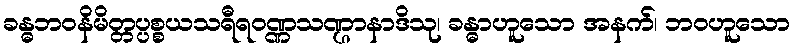
ခန္ဓဘဝနိမိတ္တပ္ပစ္စယသရီရဝဏ္ဏသဏ္ဌာနာဒိသု၊ ခန္ဓာဟူသော အနက်၊ ဘဝဟူသော